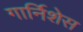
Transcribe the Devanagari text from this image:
गार्निशेस